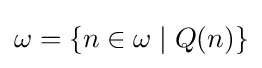
\omega =\{n\in \omega \mid Q(n)\}